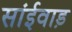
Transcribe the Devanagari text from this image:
सांईवाड़